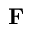
\mathbf { F }